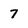
Character: 7